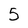
Character: 5